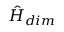
\hat { H } _ { d i m }